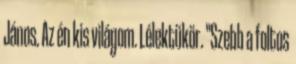
János. Az én kis világom. Lélektükör. "Szebb a foltos